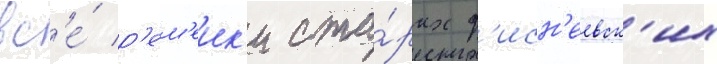
вс'е́ р'ем'еик'и ста́рых д'исн'еевск'их